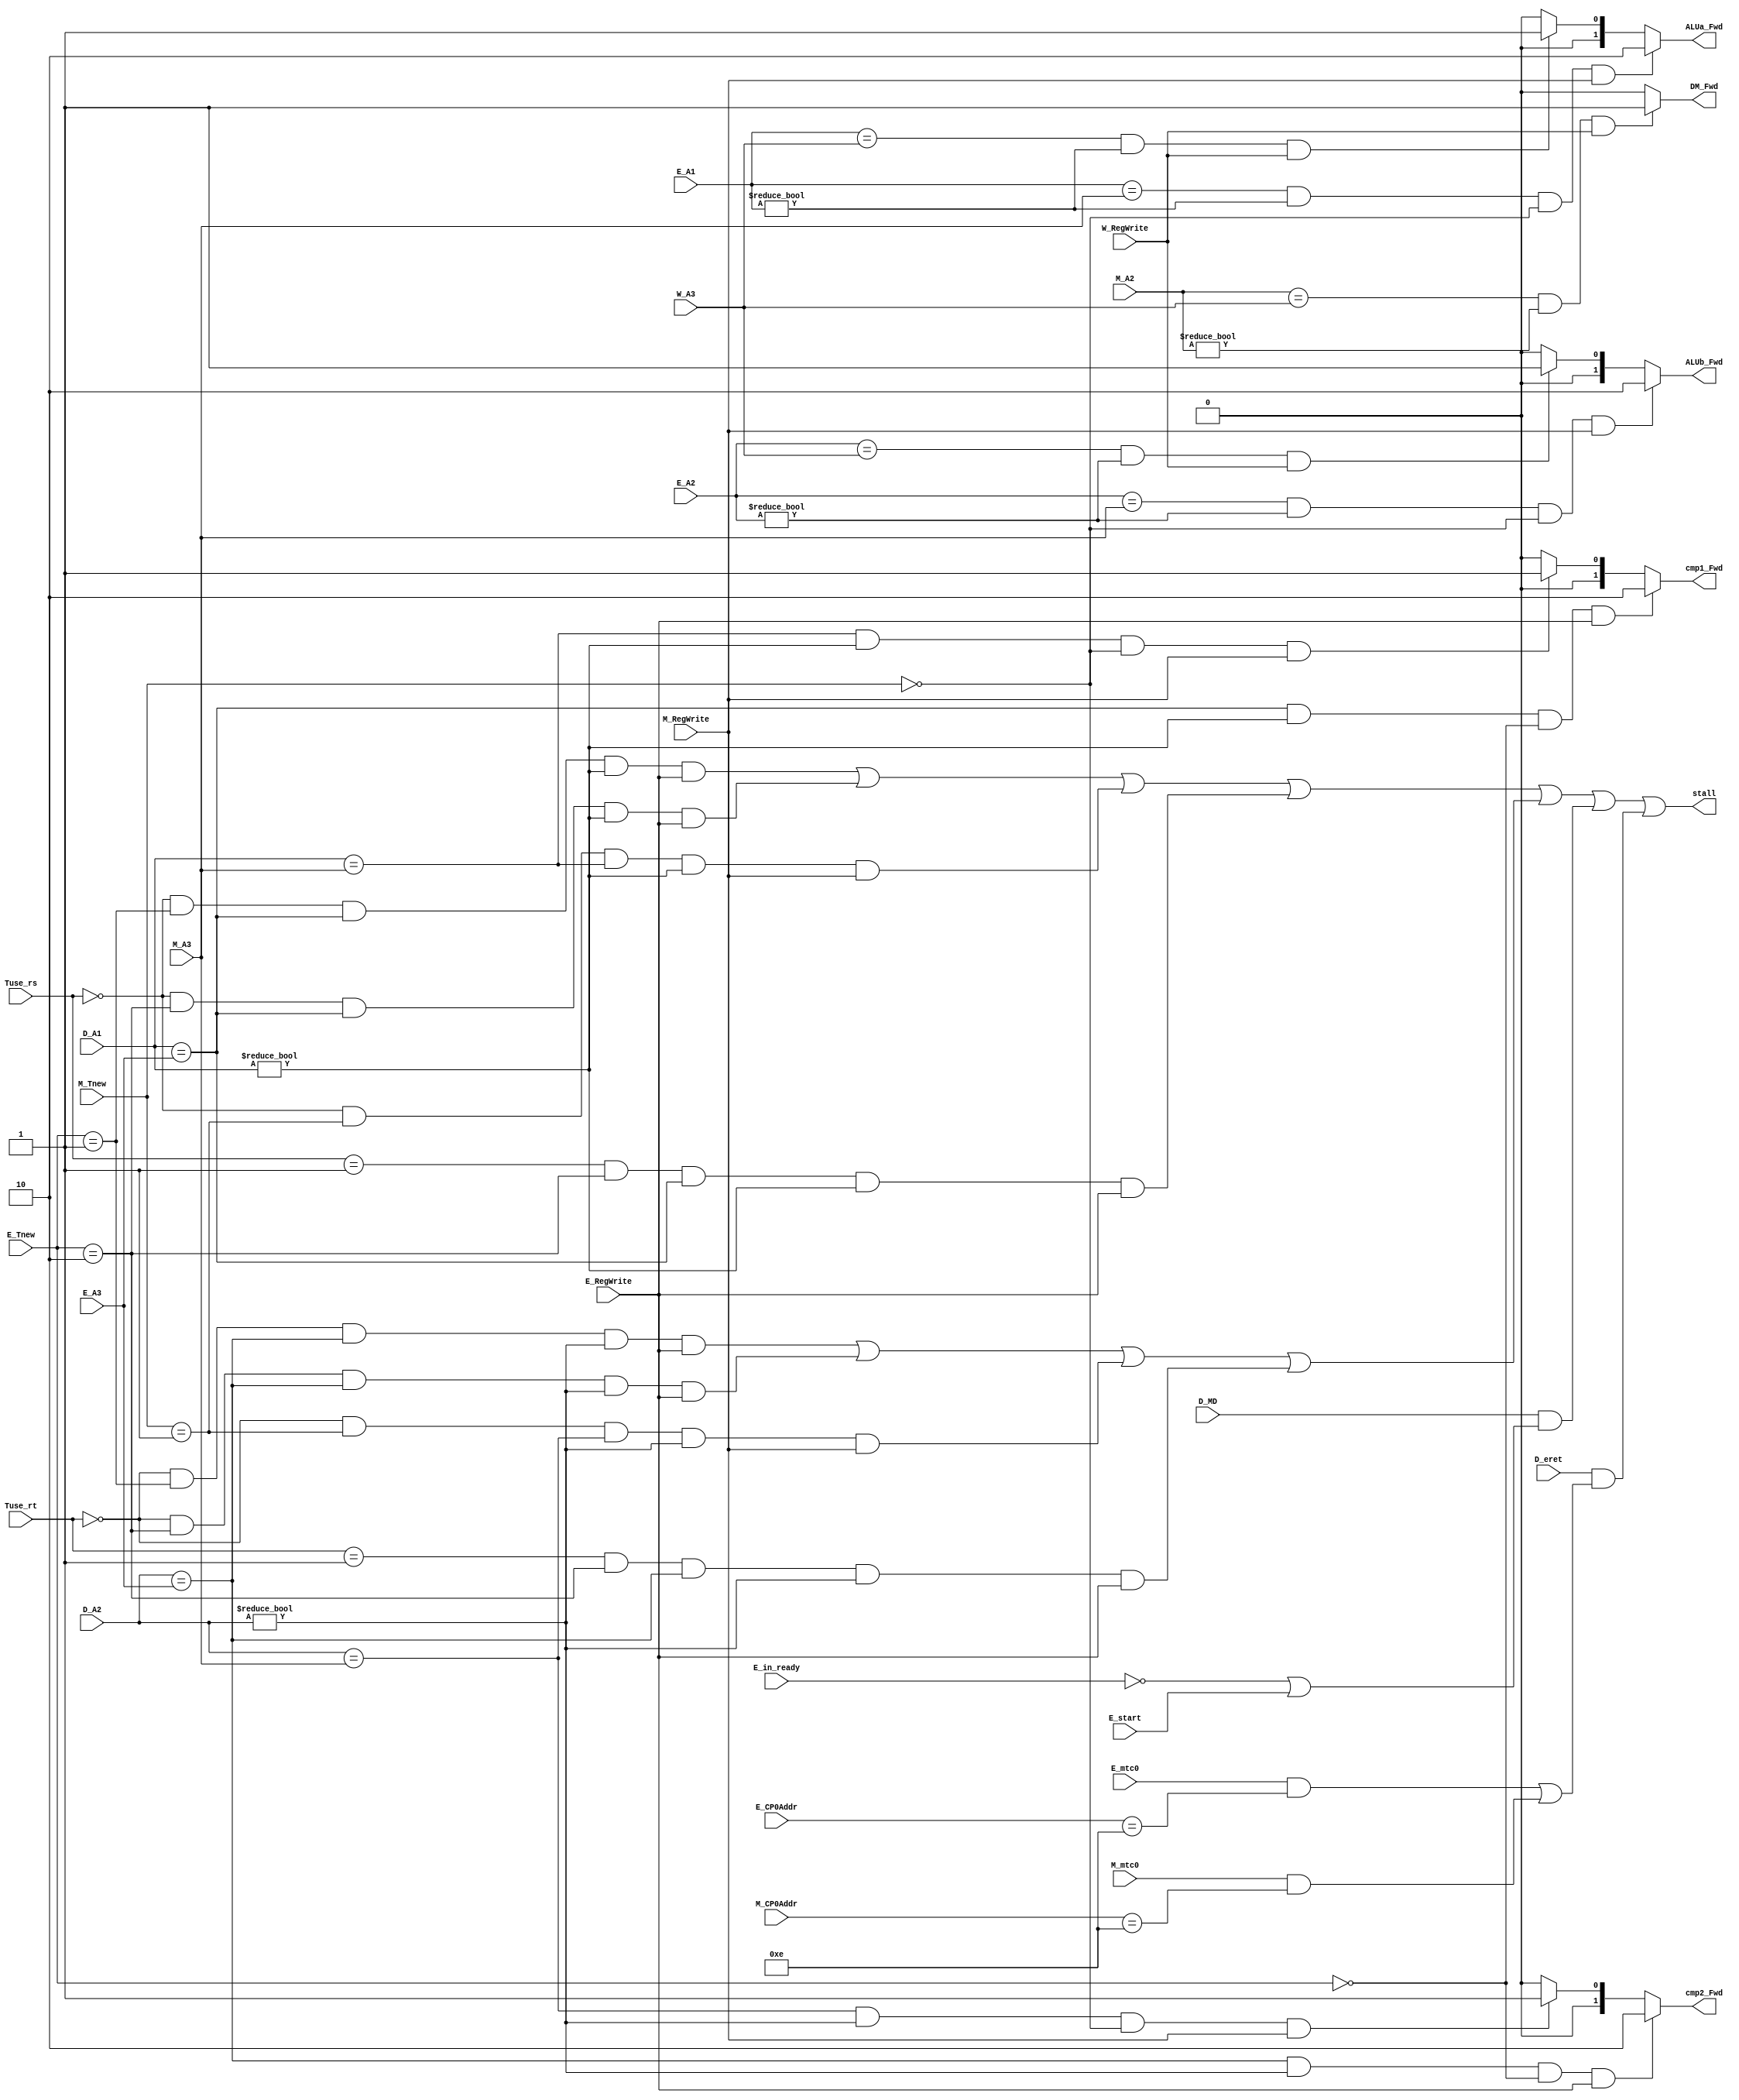
module HCU (
    //input
    input [1:0] Tuse_rs,
    input [1:0] Tuse_rt,
    input [1:0] E_Tnew,
    input [1:0] M_Tnew,
	 input E_RegWrite,
	 input M_RegWrite,
	 input W_RegWrite,
    input [4:0] D_A1,
    input [4:0] D_A2,
    input [4:0] E_A1,
    input [4:0] E_A2,
    input [4:0] E_A3,
    input [4:0] M_A2,
    input [4:0] M_A3,
    input [4:0] W_A3,
	 input [4:0] E_CP0Addr,
	 input [4:0] M_CP0Addr,
    input D_MD,
    input E_in_ready,
    input E_start,
    input D_eret,
    input E_mtc0,
    input M_mtc0,
    //output
    output stall,
    output [1:0] cmp1_Fwd,
    output [1:0] cmp2_Fwd,
    output [1:0] ALUa_Fwd,
    output [1:0] ALUb_Fwd,
    output DM_Fwd
);
    //W_Tnew = 2'b00
	 wire [1:0] W_Tnew;
	 assign W_Tnew = 2'b00;
	 
    //stall
    //stall_rs
    wire stall_rs0_e1,stall_rs0_e2,stall_rs0_m1,stall_rs1_e2;
    assign stall_rs0_e1 = (Tuse_rs == 2'b00) && (E_Tnew == 2'b01) && (D_A1 == E_A3) && (D_A1 != 5'b00000) && E_RegWrite;
    assign stall_rs0_e2 = (Tuse_rs == 2'b00) && (E_Tnew == 2'b10) && (D_A1 == E_A3) && (D_A1 != 5'b00000) && E_RegWrite;
    assign stall_rs0_m1 = (Tuse_rs == 2'b00) && (M_Tnew == 2'b01) && (D_A1 == M_A3) && (D_A1 != 5'b00000) && M_RegWrite;
    assign stall_rs1_e2 = (Tuse_rs == 2'b01) && (E_Tnew == 2'b10) && (D_A1 == E_A3) && (D_A1 != 5'b00000) && E_RegWrite;
    //stall_rt
    wire stall_rt0_e1,stall_rt0_e2,stall_rt0_m1,stall_rt1_e2;
    assign stall_rt0_e1 = (Tuse_rt == 2'b00) && (E_Tnew == 2'b01) && (D_A2 == E_A3) && (D_A2 != 5'b00000) && E_RegWrite;
    assign stall_rt0_e2 = (Tuse_rt == 2'b00) && (E_Tnew == 2'b10) && (D_A2 == E_A3) && (D_A2 != 5'b00000) && E_RegWrite;
    assign stall_rt0_m1 = (Tuse_rt == 2'b00) && (M_Tnew == 2'b01) && (D_A2 == M_A3) && (D_A2 != 5'b00000) && M_RegWrite;
    assign stall_rt1_e2 = (Tuse_rt == 2'b01) && (E_Tnew == 2'b10) && (D_A2 == E_A3) && (D_A2 != 5'b00000) && E_RegWrite;
    //stall_MD
    wire stall_MD;
    assign stall_MD = D_MD && ((!E_in_ready) || E_start);
    //stall_eret
    wire stall_eret;
    assign stall_eret = D_eret && ((E_mtc0 && (E_CP0Addr == 5'd14)) || (M_mtc0 && (M_CP0Addr == 5'd14)));
    //stall
    wire stall_rs,stall_rt;
    assign stall_rs = stall_rs0_e1 || stall_rs0_e2 || stall_rs0_m1 || stall_rs1_e2;
    assign stall_rt = stall_rt0_e1 || stall_rt0_e2 || stall_rt0_m1 || stall_rt1_e2;
    assign stall = stall_rs || stall_rt || stall_MD || stall_eret;

    //Hazard
    assign cmp1_Fwd = ((D_A1 == E_A3) && (D_A1 != 5'b00000) && (E_Tnew == 2'b00) && E_RegWrite) ? 2'b10:
	                   ((D_A1 == M_A3) && (D_A1 != 5'b00000) && (M_Tnew == 2'b00) && M_RegWrite) ? 2'b01 :
                      2'b00;
    assign cmp2_Fwd = ((D_A2 == E_A3) && (D_A2 != 5'b00000) && (E_Tnew == 2'b00) && E_RegWrite) ? 2'b10:
	                   ((D_A2 == M_A3) && (D_A2 != 5'b00000) && (M_Tnew == 2'b00) && M_RegWrite) ? 2'b01 :
                      2'b00;
    assign ALUa_Fwd = ((E_A1 == M_A3) && (E_A1 != 5'b00000) && (M_Tnew == 2'b00) && M_RegWrite ) ? 2'b10 :
                      ((E_A1 == W_A3) && (E_A1 != 5'b00000) && (W_Tnew == 2'b00) && W_RegWrite) ? 2'b01 :
                      2'b00;
    assign ALUb_Fwd = ((E_A2 == M_A3) && (E_A2 != 5'b00000) && (M_Tnew == 2'b00) && M_RegWrite ) ? 2'b10 :
                      ((E_A2 == W_A3) && (E_A2 != 5'b00000) && (W_Tnew == 2'b00) && W_RegWrite) ? 2'b01 :
                      2'b00;
    assign DM_Fwd = ((M_A2 == W_A3) && (M_A2 != 5'b00000) && (W_Tnew == 2'b00) && W_RegWrite) ? 1'b1 : 1'b0;
endmodule